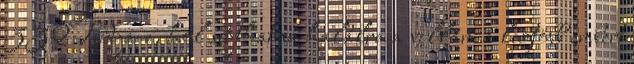
332Tudja-e, hol sújthatná halálra a villám a legtöbb embert